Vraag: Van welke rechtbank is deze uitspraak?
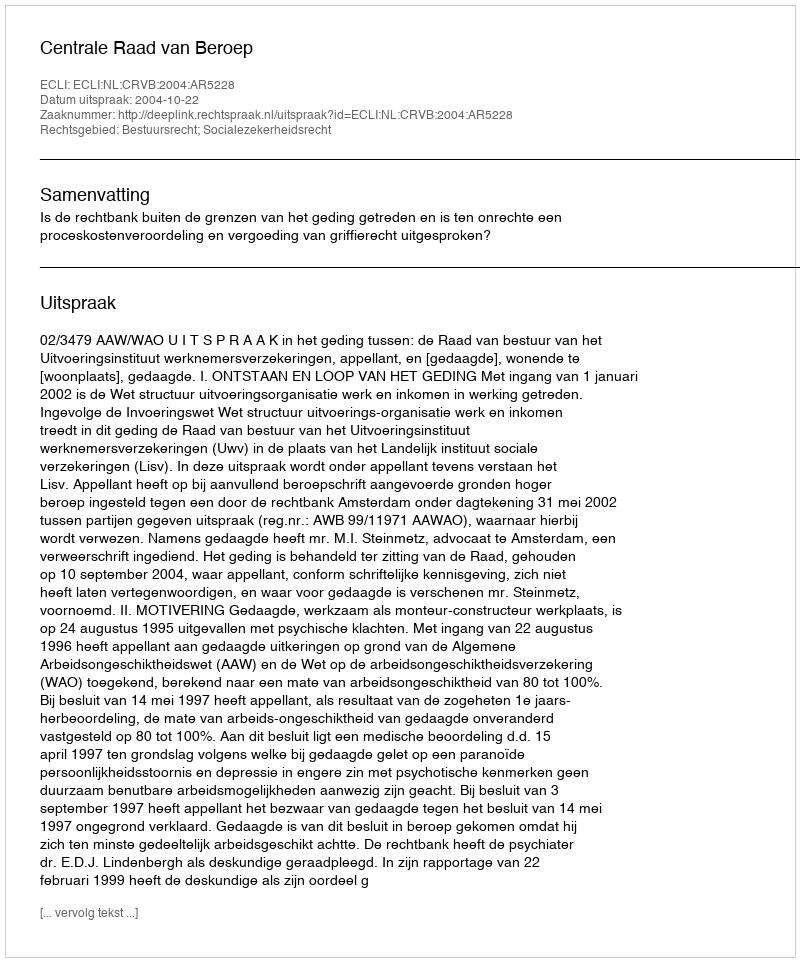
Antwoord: Centrale Raad van Beroep